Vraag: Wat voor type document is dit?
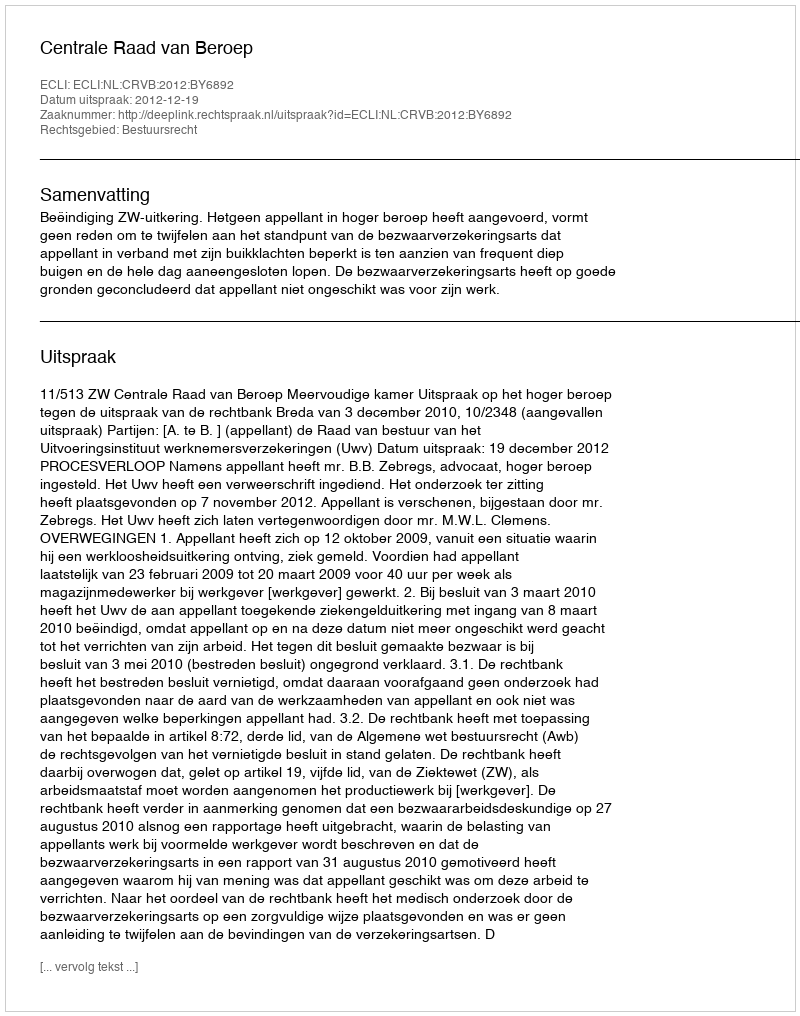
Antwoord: Uitspraak